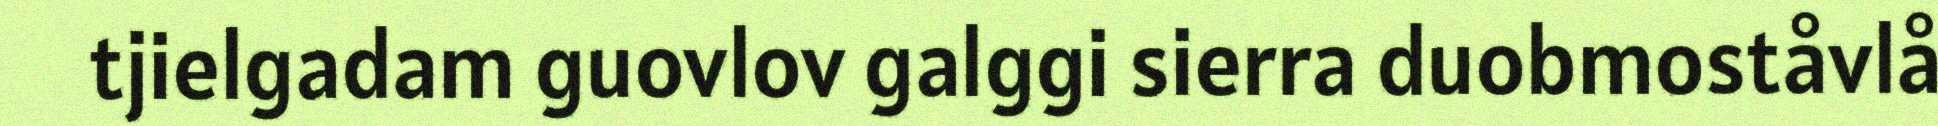
tjielgadam guovlov galggi sierra duobmoståvlå